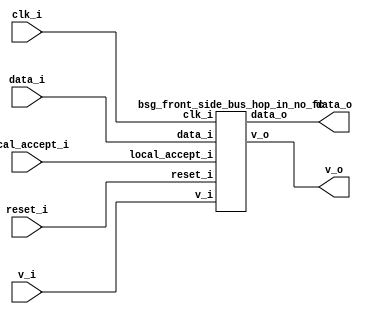
// This program was cloned from: https://github.com/chipsalliance/UHDM-integration-tests
// License: Apache License 2.0



module top
(
  clk_i,
  reset_i,
  data_i,
  v_i,
  data_o,
  v_o,
  local_accept_i
);

  input [15:0] data_i;
  output [31:0] data_o;
  output [1:0] v_o;
  input clk_i;
  input reset_i;
  input v_i;
  input local_accept_i;

  bsg_front_side_bus_hop_in_no_fc
  wrapper
  (
    .data_i(data_i),
    .data_o(data_o),
    .v_o(v_o),
    .clk_i(clk_i),
    .reset_i(reset_i),
    .v_i(v_i),
    .local_accept_i(local_accept_i)
  );


endmodule



module bsg_dff_reset_width_p1
(
  clk_i,
  reset_i,
  data_i,
  data_o
);

  input [0:0] data_i;
  output [0:0] data_o;
  input clk_i;
  input reset_i;
  wire [0:0] data_o;
  reg data_o_0_sv2v_reg;
  assign data_o[0] = data_o_0_sv2v_reg;

  always @(posedge clk_i) begin
    if(reset_i) begin
      data_o_0_sv2v_reg <= 1'b0;
    end else if(1'b1) begin
      data_o_0_sv2v_reg <= data_i[0];
    end 
  end


endmodule



module bsg_dff_width_p16
(
  clk_i,
  data_i,
  data_o
);

  input [15:0] data_i;
  output [15:0] data_o;
  input clk_i;
  wire [15:0] data_o;
  reg data_o_15_sv2v_reg,data_o_14_sv2v_reg,data_o_13_sv2v_reg,data_o_12_sv2v_reg,
  data_o_11_sv2v_reg,data_o_10_sv2v_reg,data_o_9_sv2v_reg,data_o_8_sv2v_reg,
  data_o_7_sv2v_reg,data_o_6_sv2v_reg,data_o_5_sv2v_reg,data_o_4_sv2v_reg,data_o_3_sv2v_reg,
  data_o_2_sv2v_reg,data_o_1_sv2v_reg,data_o_0_sv2v_reg;
  assign data_o[15] = data_o_15_sv2v_reg;
  assign data_o[14] = data_o_14_sv2v_reg;
  assign data_o[13] = data_o_13_sv2v_reg;
  assign data_o[12] = data_o_12_sv2v_reg;
  assign data_o[11] = data_o_11_sv2v_reg;
  assign data_o[10] = data_o_10_sv2v_reg;
  assign data_o[9] = data_o_9_sv2v_reg;
  assign data_o[8] = data_o_8_sv2v_reg;
  assign data_o[7] = data_o_7_sv2v_reg;
  assign data_o[6] = data_o_6_sv2v_reg;
  assign data_o[5] = data_o_5_sv2v_reg;
  assign data_o[4] = data_o_4_sv2v_reg;
  assign data_o[3] = data_o_3_sv2v_reg;
  assign data_o[2] = data_o_2_sv2v_reg;
  assign data_o[1] = data_o_1_sv2v_reg;
  assign data_o[0] = data_o_0_sv2v_reg;

  always @(posedge clk_i) begin
    if(1'b1) begin
      data_o_15_sv2v_reg <= data_i[15];
      data_o_14_sv2v_reg <= data_i[14];
      data_o_13_sv2v_reg <= data_i[13];
      data_o_12_sv2v_reg <= data_i[12];
      data_o_11_sv2v_reg <= data_i[11];
      data_o_10_sv2v_reg <= data_i[10];
      data_o_9_sv2v_reg <= data_i[9];
      data_o_8_sv2v_reg <= data_i[8];
      data_o_7_sv2v_reg <= data_i[7];
      data_o_6_sv2v_reg <= data_i[6];
      data_o_5_sv2v_reg <= data_i[5];
      data_o_4_sv2v_reg <= data_i[4];
      data_o_3_sv2v_reg <= data_i[3];
      data_o_2_sv2v_reg <= data_i[2];
      data_o_1_sv2v_reg <= data_i[1];
      data_o_0_sv2v_reg <= data_i[0];
    end 
  end


endmodule



module bsg_front_side_bus_hop_in_no_fc
(
  clk_i,
  reset_i,
  data_i,
  v_i,
  data_o,
  v_o,
  local_accept_i
);

  input [15:0] data_i;
  output [31:0] data_o;
  output [1:0] v_o;
  input clk_i;
  input reset_i;
  input v_i;
  input local_accept_i;
  wire [31:0] data_o;
  wire [1:0] v_o;
  wire data_o_0__15_,data_o_0__14_,data_o_0__13_,data_o_0__12_,data_o_0__11_,
  data_o_0__10_,data_o_0__9_,data_o_0__8_,data_o_0__7_,data_o_0__6_,data_o_0__5_,
  data_o_0__4_,data_o_0__3_,data_o_0__2_,data_o_0__1_,data_o_0__0_;
  assign data_o[15] = data_o_0__15_;
  assign data_o[31] = data_o_0__15_;
  assign data_o[14] = data_o_0__14_;
  assign data_o[30] = data_o_0__14_;
  assign data_o[13] = data_o_0__13_;
  assign data_o[29] = data_o_0__13_;
  assign data_o[12] = data_o_0__12_;
  assign data_o[28] = data_o_0__12_;
  assign data_o[11] = data_o_0__11_;
  assign data_o[27] = data_o_0__11_;
  assign data_o[10] = data_o_0__10_;
  assign data_o[26] = data_o_0__10_;
  assign data_o[9] = data_o_0__9_;
  assign data_o[25] = data_o_0__9_;
  assign data_o[8] = data_o_0__8_;
  assign data_o[24] = data_o_0__8_;
  assign data_o[7] = data_o_0__7_;
  assign data_o[23] = data_o_0__7_;
  assign data_o[6] = data_o_0__6_;
  assign data_o[22] = data_o_0__6_;
  assign data_o[5] = data_o_0__5_;
  assign data_o[21] = data_o_0__5_;
  assign data_o[4] = data_o_0__4_;
  assign data_o[20] = data_o_0__4_;
  assign data_o[3] = data_o_0__3_;
  assign data_o[19] = data_o_0__3_;
  assign data_o[2] = data_o_0__2_;
  assign data_o[18] = data_o_0__2_;
  assign data_o[1] = data_o_0__1_;
  assign data_o[17] = data_o_0__1_;
  assign data_o[0] = data_o_0__0_;
  assign data_o[16] = data_o_0__0_;

  bsg_dff_reset_width_p1
  v_reg
  (
    .clk_i(clk_i),
    .reset_i(reset_i),
    .data_i(v_i),
    .data_o(v_o[0])
  );


  bsg_dff_width_p16
  data_reg
  (
    .clk_i(clk_i),
    .data_i(data_i),
    .data_o({ data_o_0__15_, data_o_0__14_, data_o_0__13_, data_o_0__12_, data_o_0__11_, data_o_0__10_, data_o_0__9_, data_o_0__8_, data_o_0__7_, data_o_0__6_, data_o_0__5_, data_o_0__4_, data_o_0__3_, data_o_0__2_, data_o_0__1_, data_o_0__0_ })
  );

  assign v_o[1] = v_o[0] & local_accept_i;

endmodule